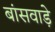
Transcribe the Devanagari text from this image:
बांसवाड़े